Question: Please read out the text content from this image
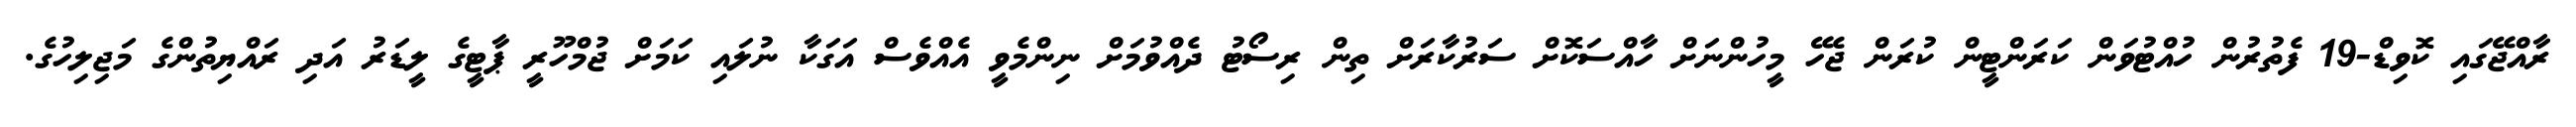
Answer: ރާއްޖޭގައި ކޮވިޑް-19 ފެތުރުން ހުއްޓުވަން ކަރަންޓީން ކުރަން ޖެހޭ މީހުންނަށް ހާއްސަކޮށް ސަރުކާރަށް ތިން ރިސޯޓު ދެއްވުމަށް ނިންމެވީ އެއްވެސް އަގަކާ ނުލައި ކަމަށް ޖުމްހޫރީ ޕާޓީގެ ލީޑަރު އަދި ރައްޔިތުންގެ މަޖިލިހުގެ.